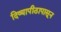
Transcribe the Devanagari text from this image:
दिव्यापीठापासून